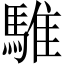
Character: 騅